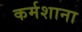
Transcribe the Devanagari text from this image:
कर्मशाना